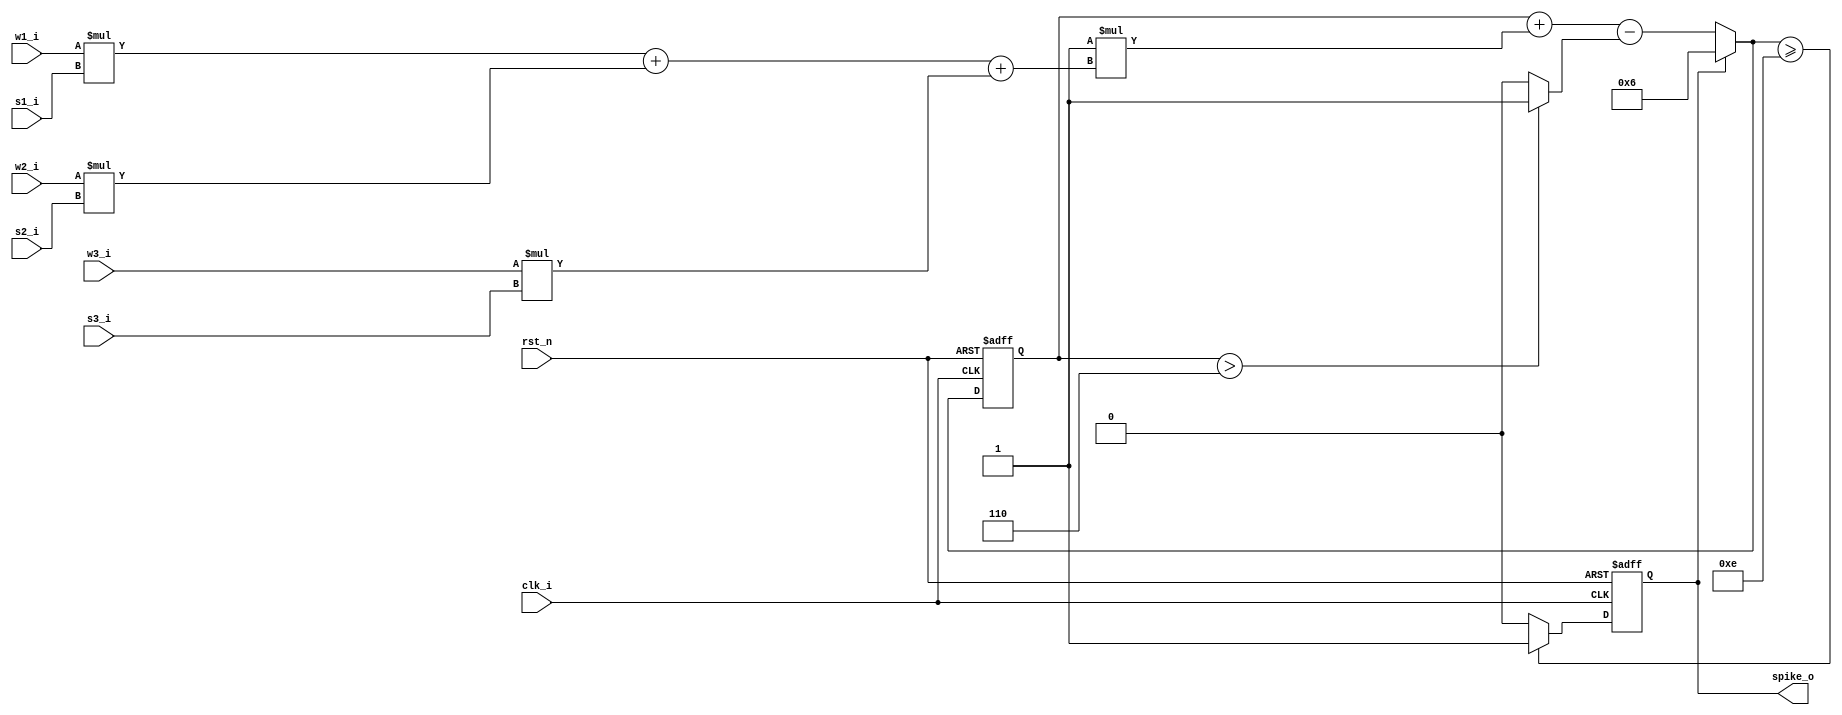
module LIF_neuron (
    input       clk_i,
    input       rst_n,
    input [1:0] w1_i,
    input [1:0] w2_i,
    input [1:0] w3_i,
    input       s1_i,
    input       s2_i,
    input       s3_i,
    output reg  spike_o);

    localparam V_REST = 5'd6, V_LEAK = 5'd1, K_SYN = 1'd1, V_TH = 5'd14;

    reg [4:0] v_r, v_n;

    always @(*) begin
        if (spike_o == 1'b1) begin
            v_n = V_REST;
        end else begin
            v_n = v_r + K_SYN * (w1_i * s1_i + w2_i * s2_i + w3_i * s3_i) - ((v_r > V_REST) ? V_LEAK : 0);
        end
    end

    always @(posedge clk_i or negedge rst_n) begin
        if (!rst_n) begin
            v_r     <= V_REST;
            spike_o <= 1'b0;
        end else begin
            v_r     <= v_n;
            spike_o <= (v_n >= V_TH) ? 1'b1 : 1'b0;
        end
    end

endmodule